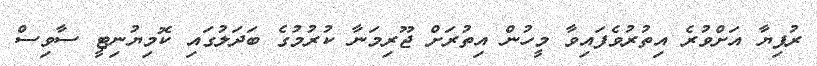
ރުފިޔާ އަށްވުރެ އިތުރުވެފައިވާ މީހުން އިތުރަށް ޖޫރިމަނާ ކުރުމުގެ ބަދަލުގައި ކޮމިޔުނިޓީ ސާވިސް